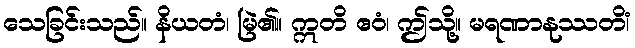
သေခြင်းသည်။ နိယတံ၊ မြဲ၏။ ဣတိ ဧဝံ၊ ဤသို့။ မရဏာနုဿတိံ၊